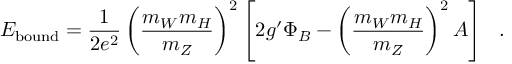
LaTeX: E _ { \mathrm { b o u n d } } = \frac { 1 } { 2 e ^ { 2 } } \left( \frac { m _ { W } m _ { H } } { m _ { Z } } \right) ^ { 2 } \left[ 2 g ^ { \prime } \Phi _ { B } - \left( \frac { m _ { W } m _ { H } } { m _ { Z } } \right) ^ { 2 } A \right] ~ ~ .